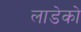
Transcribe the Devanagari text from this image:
लाडेको